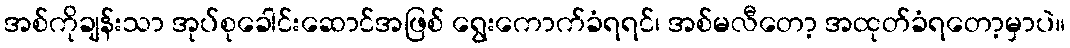
အစ်ကိုချန်းသာ အုပ်စုခေါင်းဆောင်အဖြစ် ရွေးကောက်ခံရရင်၊ အစ်မလီတော့ အထုတ်ခံရတော့မှာပဲ။